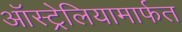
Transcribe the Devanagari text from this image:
ऑस्ट्रेलियामार्फत